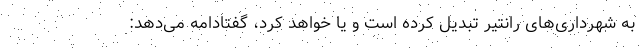
به شهرداری‌های رانتیر تبدیل کرده است و یا خواهد کرد، گفتادامه می‌دهد: